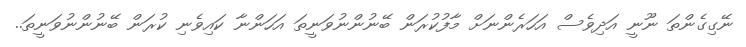
ނޭގިގެންތަ ނޫނީ އަދިވެސް އަހަރެންނަށް މާފުކުރަން ބޭނުންނުވަނީތަ އަހަންނާ ކައިވެނި ކުރަން ބޭނުންނުވަނީތަ..